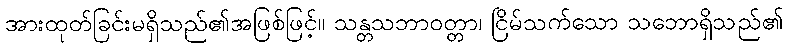
အားထုတ်ခြင်းမရှိသည်၏အဖြစ်ဖြင့်။ သန္တသဘာဝတ္တာ၊ ငြိမ်သက်သော သဘောရှိသည်၏